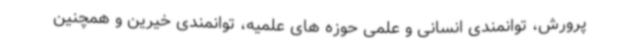
پرورش، توانمندی انسانی و علمی حوزه های علمیه، توانمندی خیرین و همچنین